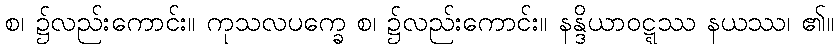
စ၊ ၌လည်းကောင်း။ ကုသလပက္ခေ စ၊ ၌လည်းကောင်း။ နန္ဒိယာဝဋ္ဋဿ နယဿ၊ ၏။